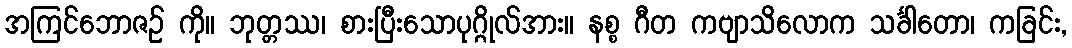
အကြင်ဘောဇဉ် ကို။ ဘုတ္တဿ၊ စားပြီးသောပုဂ္ဂိုလ်အား။ နစ္စ ဂီတ ကဗျာသိလောက သင်္ခါတော၊ ကခြင်း,